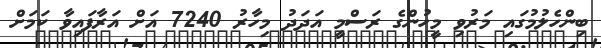
ބިންހެލުމުގައި މަރުވި މީހުންގެ ރަސްމީ އަދަދު މިހާރު 7240 އަށް އަރާފައިވާ ކަމަށް